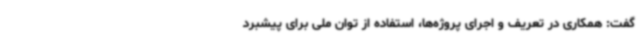
گفت: همکاری در تعریف و اجرای پروژه‌ها، استفاده از توان ملی برای پیشبرد